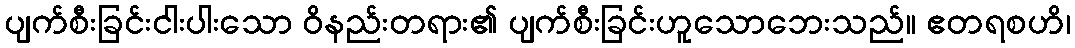
ပျက်စီးခြင်းငါးပါးသော ဝိနည်းတရား၏ ပျက်စီးခြင်းဟူသောဘေးသည်။ ဧတရစဟိ၊